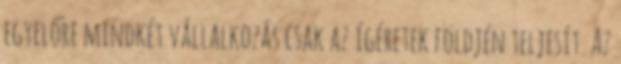
egyelőre mindkét vállalkozás csak az ígéretek földjén teljesít. Az